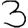
Digit: 3